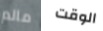
مالم الوقت